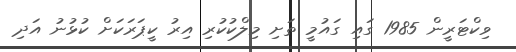
ވިކްޓަރީން 1985 ގައި ގައުމީ ތަށި މިލްކުކުރި އިރު ކީޕަރަކަށް ކުޅުނު އަދި